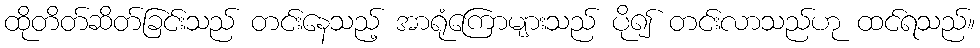
ထိုတိတ်ဆိတ်ခြင်းသည် တင်းနေသည့် အာရုံကြောများသည် ပို၍ တင်းလာသည်ဟု ထင်ရသည်။